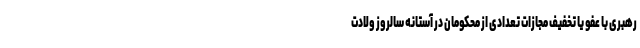
رهبری با عفو یا تخفیف مجازات تعدادی از محکومان در آستانه سالروز ولادت